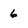
Character: 6